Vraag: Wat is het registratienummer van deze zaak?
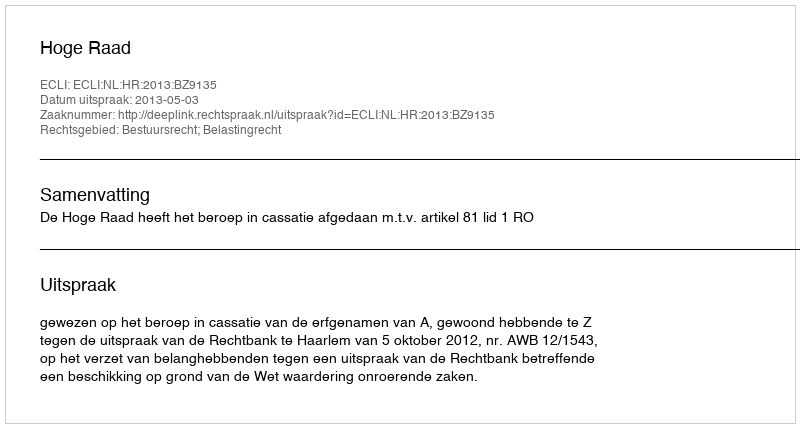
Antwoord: http://deeplink.rechtspraak.nl/uitspraak?id=ECLI:NL:HR:2013:BZ9135